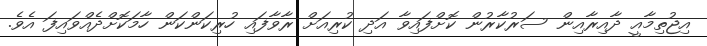
އިޖުތިމާއީ ދާއިރާއިން ސަރުކާރުން ކޮށްފައިވާ އަދި ކުރިއަށް ރާވާފައި ހުރިކަންކަން ހާމަކޮށްދެއްވައިފަ އެވެ.